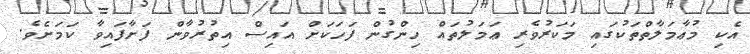
އެކި މުޢާމަލާތްތަކުގައި މަކަރުވެރި ޢަމަލުތައް ހިންގުން ފަހަކަށް އައިސް އިތުރުވާން ފަށާފައިވާ ކަމަށެވެ.